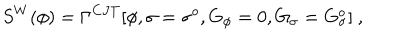
LaTeX: S ^ { W } ( \phi ) = \Gamma ^ { C J T } [ \phi , \sigma = \sigma ^ { o } , G _ { \phi } = 0 , G _ { \sigma } = G _ { \sigma } ^ { o } ] ~ ,